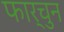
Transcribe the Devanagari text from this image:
फार्चुन